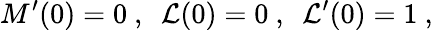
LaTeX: M^{\prime}(0)=0~,~~{\cal L}(0)=0~,~~{\cal L}^{\prime}(0)=1~,